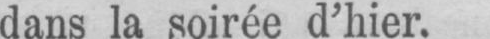
dans la soirée d’hier.